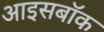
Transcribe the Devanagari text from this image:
आइसबॉक